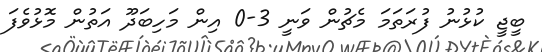
ބީޖީ ކުޅުނު ފުރަތަމަ މެޗުން ވަނީ 3-0 އިން މަހިބަދޫ އަތުން މޮޅުވެފަ